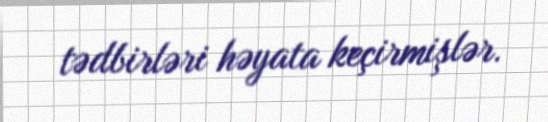
tədbirləri həyata keçirmişlər.